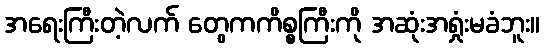
အရေးကြီးတဲ့လက် တွေကကိစ္စကြီးကို အဆုံးအရှုံးမခံဘူး။